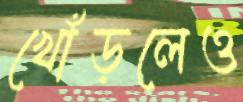
খোঁড়লেও